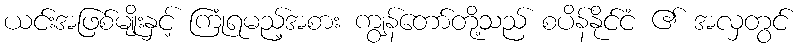
ယင်းအဖြစ်မျိုးနှင့် ကြုံရမည့်အစား ကျွန်တော်တို့သည် စပိန်နိုင်ငံ ၏ အလှတွင်